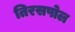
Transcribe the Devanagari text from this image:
तिरसपोल